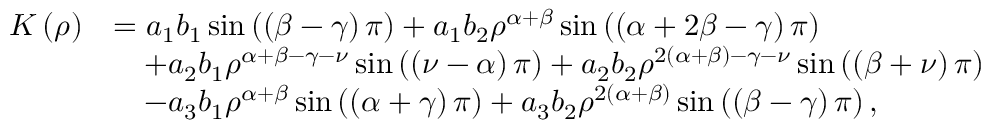
\begin{array} { r l } { K \left( \rho \right) } & { = a _ { 1 } b _ { 1 } \sin \left( \left( \beta - \gamma \right) \pi \right) + a _ { 1 } b _ { 2 } \rho ^ { \alpha + \beta } \sin \left( \left( \alpha + 2 \beta - \gamma \right) \pi \right) } \\ & { \quad + a _ { 2 } b _ { 1 } \rho ^ { \alpha + \beta - \gamma - \nu } \sin \left( \left( \nu - \alpha \right) \pi \right) + a _ { 2 } b _ { 2 } \rho ^ { 2 \left( \alpha + \beta \right) - \gamma - \nu } \sin \left( \left( \beta + \nu \right) \pi \right) } \\ & { \quad - a _ { 3 } b _ { 1 } \rho ^ { \alpha + \beta } \sin \left( \left( \alpha + \gamma \right) \pi \right) + a _ { 3 } b _ { 2 } \rho ^ { 2 \left( \alpha + \beta \right) } \sin \left( \left( \beta - \gamma \right) \pi \right) , } \end{array}